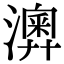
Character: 𤁌